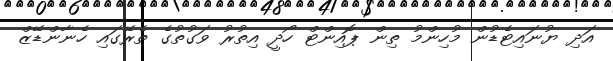
އަދި ޔުނައިޓެޑުން މުހިންމު ތިން ޕޮއިންޓް ހޯދީ އިތުރު ވަގުތުގެ ތެރޭގައި ހެނާންޑޭޒް